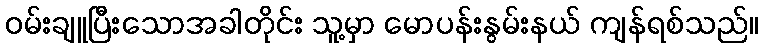
ဝမ်းချူပြီးသောအခါတိုင်း သူ့မှာ မောပန်းနွမ်းနယ် ကျန်ရစ်သည်။